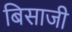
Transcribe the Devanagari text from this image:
बिसाजी